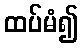
ထပ်မံ၍